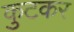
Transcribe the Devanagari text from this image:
कुटकर